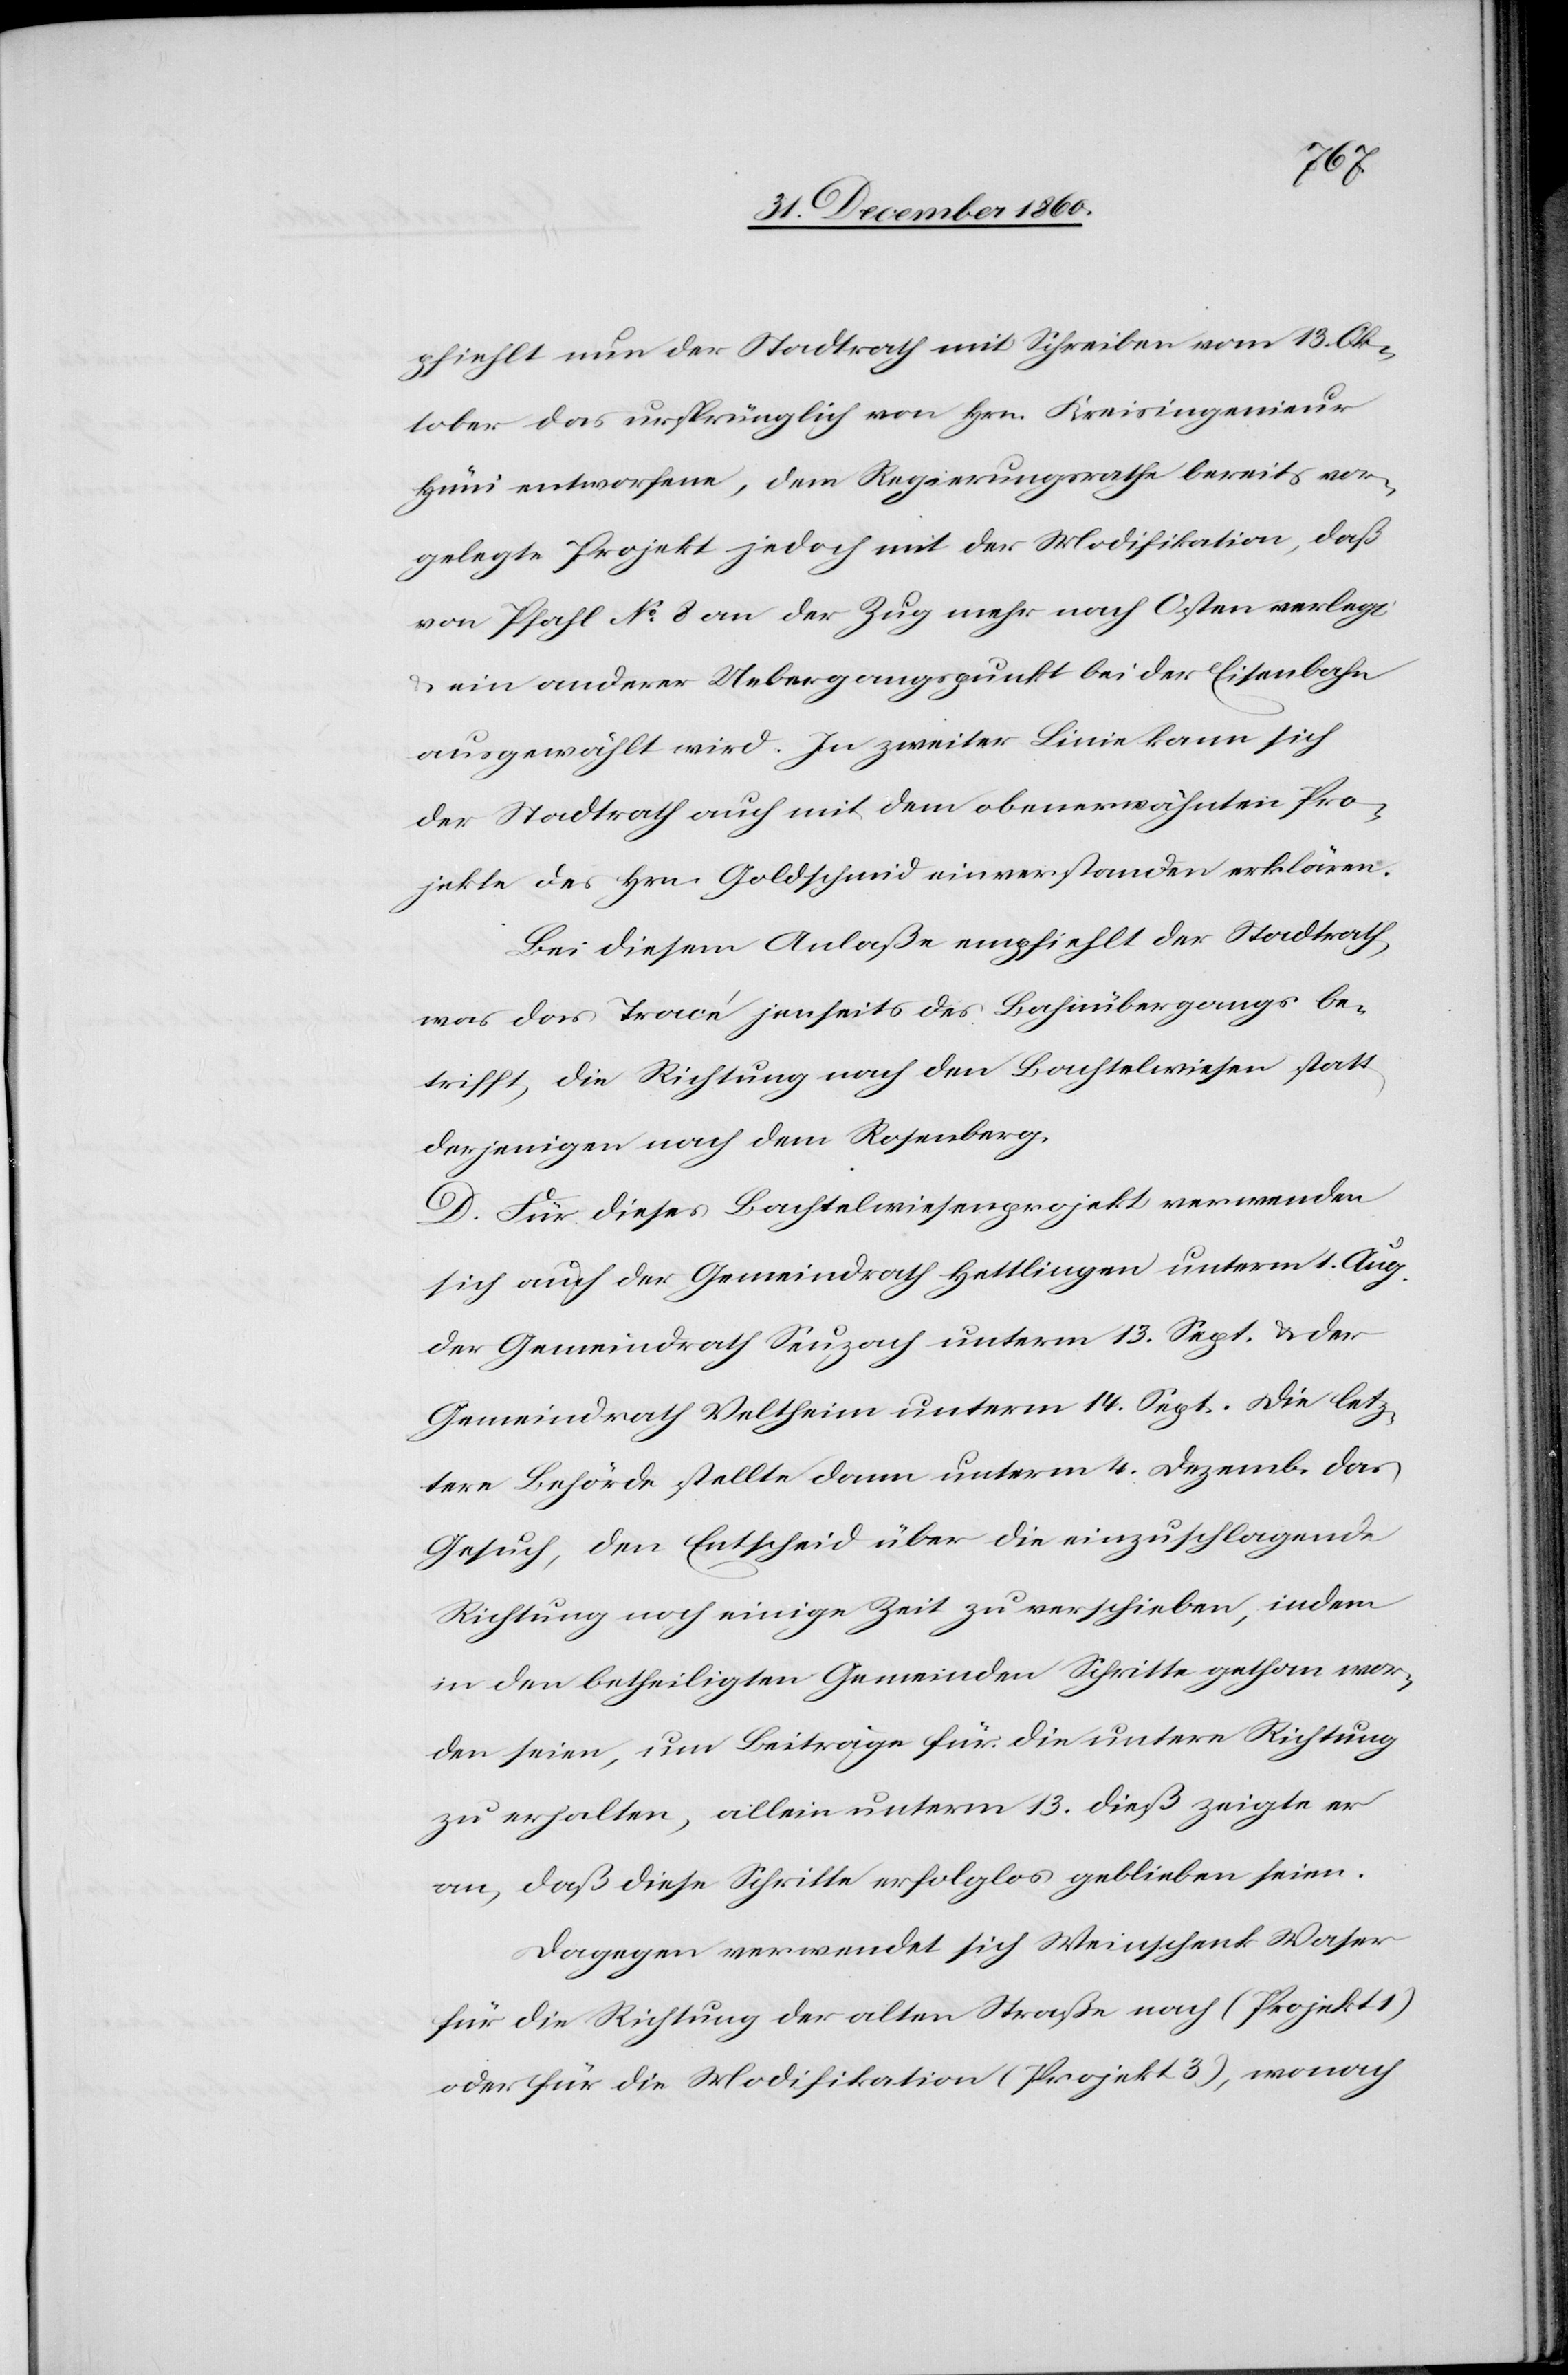
pfiehlt nun der Stradtrath mit Schreiben vom 13. Ok¬
tober das ursprünglich von Hrn. Kreisingenieur
Hüni entworfene, dem Regierungsrathe bereits vor¬
gelegte Projekt jedoch mit der Modifikation, daß
von Pfahl No 8 an der Zug mehr nach Osten verlegt
u. ein anderer Uebergangspunkt bei der Eisenbahn
ausgewählt wird. In zweiter Linie kann sich
der Stadtrath auch mit dem obenerwähnten Pro¬
jekte des Hrn. Goldschmid einverstanden erklären.
Bei diesem Anlaße empfiehlt der Stadtrath,
was den Tracé jenseits des Bahnlinienübergangs be¬
trifft, die Richtung nach den Bachtelwiesen statt
derjenigen nach dem Rosenberg.
D. Für dieses Bachtelwiesenprojekt verwenden
sich auch der Gemeindrath Hettlingen unterm 1. Aug.
der Gemeindrath Seuzach unterm 13. Sept. u. der
Gemeindrath Veltheim unterm 14. Sept. Die letz¬
tere Behörde stellte dann unterm 4. Dezemb. das
Gesuch, den Entscheid über die einzuschlagende
Richtung noch einige Zeit zu verschieben, indem
in den betheiligten Gemeinden Schritte gethan wor¬
den seien, um Beiträge für die untere Richtung
zu erhalten, allein unterm 13. dieß zeigte er
an, daß diese Schritte erfolglos geblieben seien.
Dagegen verwendet sich Weinschenk Waser
für die Richtung der alten Straße nach (Projekt 1)
oder für die Modifikation (Projekt 3), wonach